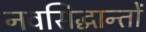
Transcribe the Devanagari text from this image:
नवसिद्धान्तों